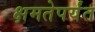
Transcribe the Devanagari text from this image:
क्षमतेपर्यंत